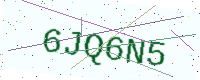
Text: 6JQ6N5